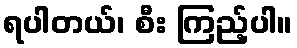
ရပါတယ်၊ စီး ကြည့်ပါ။